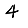
Digit: 4